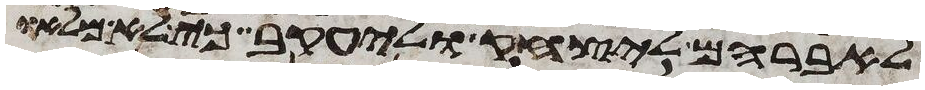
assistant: לאברהם ליצחק וליעקב כי לא מלאו